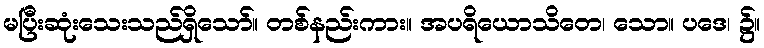
မပြီးဆုံးသေးသည်ရှိသော်။ တစ်နည်းကား။ အပရိယောသိတေ၊ သော။ ပဒေ၊ ၌။